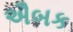
ઐબક